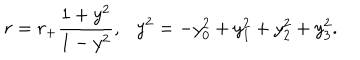
LaTeX: r = r _ { + } \frac { 1 + y ^ { 2 } } { 1 - y ^ { 2 } } , \ \ \ y ^ { 2 } = - y _ { 0 } ^ { 2 } + y _ { 1 } ^ { 2 } + y _ { 2 } ^ { 2 } + y _ { 3 } ^ { 2 } .